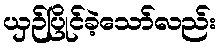
ယှဉ်ပြိုင်ခဲ့သော်လည်း